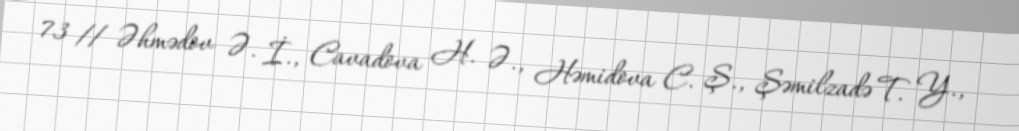
73 // Əhmədov Ə. İ., Cavadova H. Ə., Həmidova C. Ş., Şəmilzadə T. Y.,